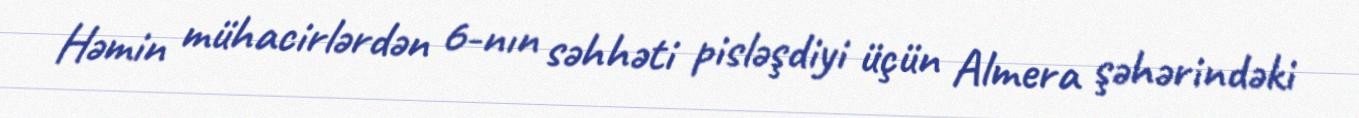
Həmin mühacirlərdən 6-nın səhhəti pisləşdiyi üçün Almera şəhərindəki